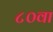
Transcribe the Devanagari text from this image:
८०वा